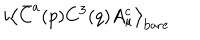
LaTeX: i \left< \bar { C } ^ { a } ( p ) C ^ { 3 } ( q ) A _ { \mu } ^ { c } \right> _ { \mathrm { b a r e } }